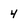
Character: 4